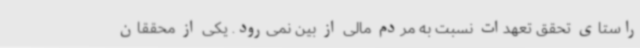
راستای تحقق تعهدات نسبت به مردم مالی از بین نمی‌رود. یکی از محققان